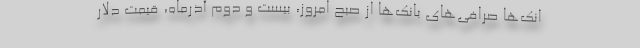
انک‌ها صرافی‌های بانک‌ها از صبح امروز، بیست و دوم آذرماه، قیمت دلار